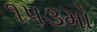
૧૫૩મો